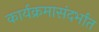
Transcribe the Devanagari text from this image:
कार्यक्रमासंदर्भात